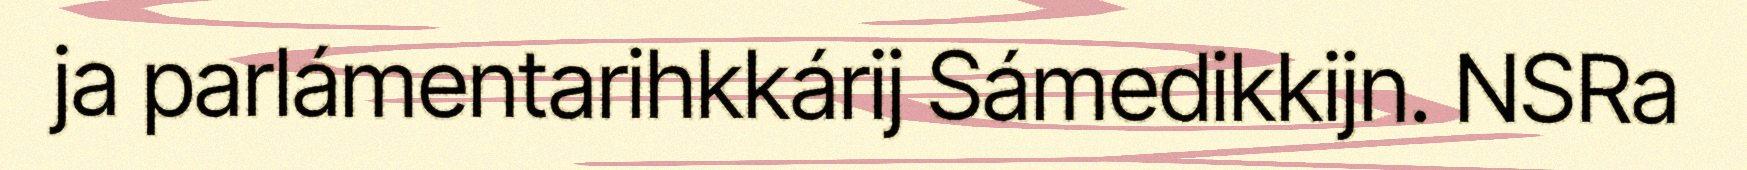
ja parlámentarihkkárij Sámedikkijn. NSRa